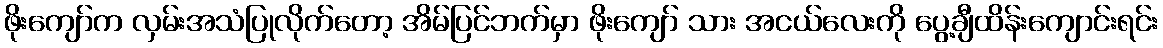
ဖိုးကျော်က လှမ်းအသံပြုလိုက်တော့ အိမ်ပြင်ဘက်မှာ ဖိုးကျော် သား အငယ်လေးကို ပွေ့ချီထိန်းကျောင်းရင်း